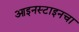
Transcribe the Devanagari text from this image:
आइनस्टाइनचा